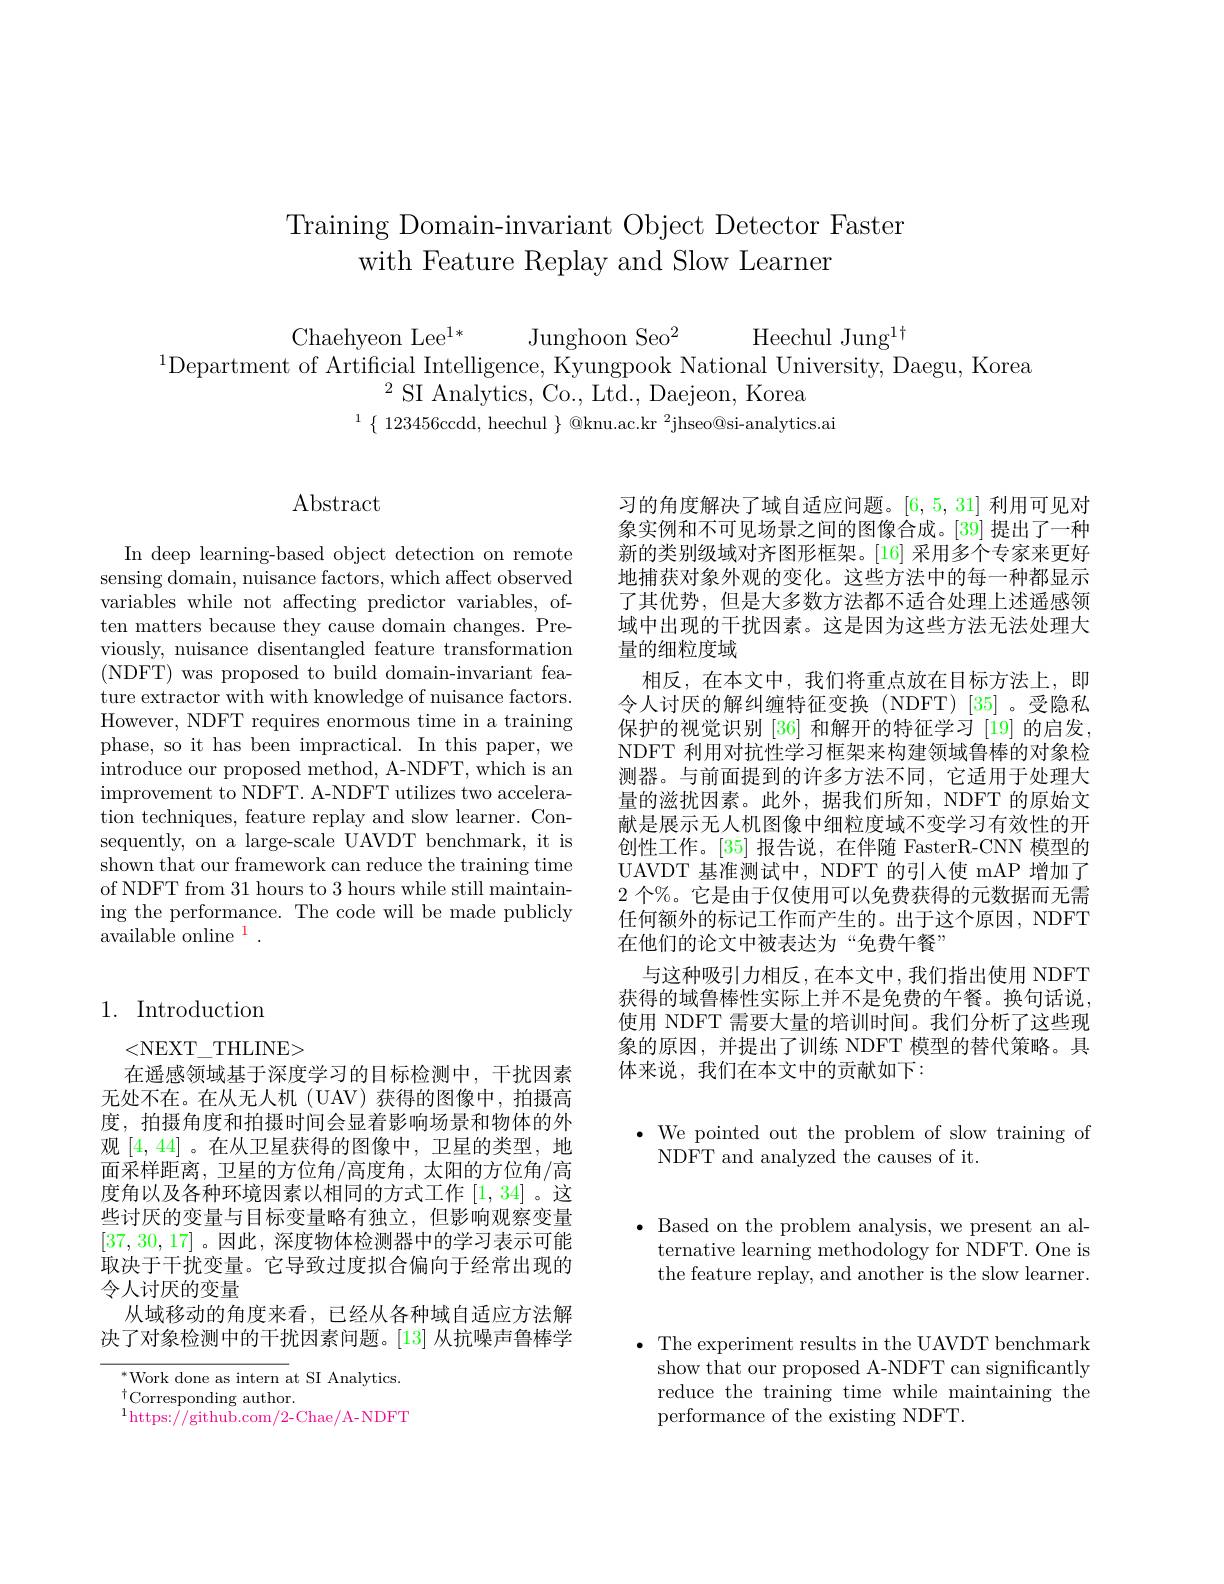
# Training Domain-invariant Object Detector Faster with Feature Replay and Slow Learner

$\begin{array}{c}\mathrm{Chaehyeon~Lee^{1*}}&\text{Junghoon Seo}^{2}&\mathrm{Heechul~Jung^{1\dagger}}\\\mathrm{Department~of~Artificial~Intelligence,~Kyungpook~National~University,~Daegu,~Korea}\end{array}$
$^{2}$SI Analytics, Co., Ltd., Daejeon, Korea
$^{1}\left\{\begin{array}{cc}{123456\mathrm{ccdd,~heechul~}}\\\end{array}\right\}$@knu.ac.kr$^2$jhseo@si-analytics.ai

# $\operatorname{Abstract}$

In deep learning-based object detection on remote sensing domain, nuisance factors, which affect observed variables while not affecting predictor variables, often matters because they cause domain changes. Previously, nuisance disentangled feature transformation (NDFT) was proposed to build domain-invariant feature extractor with with knowledge of nuisance factors. However, NDFT requires enormous time in a training phase, so it has been impractical. In this paper, we introduce our proposed method, A-NDFT, which is an improvement to NDFT. A-NDFT utilizes two acceleration techniques, feature replay and slow learner. Consequently, on a large-scale UAVDT benchmark, it is shown that our framework can reduce the training time of NDFT from 31 hours to 3 hours while still maintaining the performance. The code will be made publicly available online $^1.$

习的角度解决了域自适应问题。[6,5,31]利用可见对象实例和不可见场景之间的图像合成。[39] 提出了一种新的类别级域对齐图形框架。[16] 采用多个专家来更好地捕获对象外观的变化。这些方法中的每一种都显示了其优势，但是大多数方法都不适合处理上述遥感领域中出现的干扰因素。这是因为这些方法无法处理大量的细粒度域
相反，在本文中，我们将重点放在目标方法上，即令人讨厌的解纠缠特征变换(NDFT)[35]。受隐私保护的视觉识别 [36] 和解开的特征学习 [19] 的启发， NDFT 利用对抗性学习框架来构建领域鲁棒的对象检测器。与前面提到的许多方法不同，它适用于处理大量的滋扰因素。此外，据我们所知，NDFT 的原始文献是展示无人机图像中细粒度域不变学习有效性的开创性工作。[35] 报告说，在伴随 FasterR-CNN 模型的UAVDT 基准测试中，NDFT 的引入使 mAP 增加了2 个%。它是由于仅使用可以免费获得的元数据而无需任何额外的标记工作而产生的。出于这个原因，NDFT 在他们的论文中被表达为“免费午餐”
与这种吸引力相反，在本文中，我们指出使用 NDFT 获得的域鲁棒性实际上并不是免费的午餐。换句话说， 使用 NDFT 需要大量的培训时间。我们分析了这些现象的原因，并提出了训练 NDFT 模型的替代策略。具体来说，我们在本文中的贡献如下：

$\cdot$ We pointed out the problem of slow training of
NDFT and analyzed the causes of it.

## 1. Introduction

<NEXT\_THLINE>
在遥感领域基于深度学习的目标检测中，干扰因素无处不在。在从无人机(UAV) 获得的图像中，拍摄高度，拍摄角度和拍摄时间会显着影响场景和物体的外观[4,44]。在从卫星获得的图像中，卫星的类型，地面采样距离，卫星的方位角/高度角，太阳的方位角/高度角以及各种环境因素以相同的方式工作 [1,34]。这些讨厌的变量与目标变量略有独立，但影响观察变量[37,30,17] 。因此，深度物体检测器中的学习表示可能取决于干扰变量。它导致过度拟合偏向于经常出现的令人讨厌的变量
从域移动的角度来看，已经从各种域自适应方法解决了对象检测中的干扰因素问题。[13] 从抗噪声鲁棒学

$^{*}$Work done as intern at SI Analytics.
$^{\dagger}$Corresponding author.
$^{1}$https://github.com/2-Chae/A-NDFT

$\bullet$ Based on the problem analysis, we present an al-
ternative learning methodology for NDFT. One is the feature replay, and another is the slow learner.

$\bullet$ The experiment results in the UAVDT benchmark
show that our proposed A-NDFT can significantly reduce the training time while maintaining the performance of the existing NDFT.